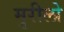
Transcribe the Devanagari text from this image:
मुरीलो